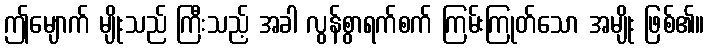
ဤမျောက် မျိုးသည် ကြီးသည့် အခါ လွန်စွာရက်စက် ကြမ်းကြုတ်သော အမျိုး ဖြစ်၏။